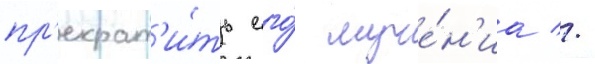
пр'екрат'и́ть его́ муче́н'иа //